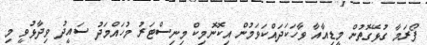
ފޯރަމާ ގުޅޭގޮތުން މީޑިއާއާ ވާހަކަދައްކަވަމުން އިކޮނޮމިކް މިނިސްޓަރު މުހައްމަދު ސައީދު ވިދާޅުވީ މި